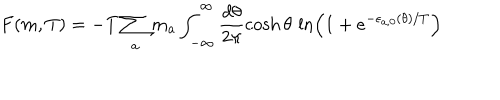
LaTeX: F ( m , T ) = - T \sum _ { a } m _ { a } \int _ { - \infty } ^ { \infty } \frac { d \theta } { 2 \pi } \cosh \theta \, \ln \left( 1 + e ^ { - \epsilon _ { a , 0 } ( \theta ) / T } \right)